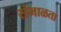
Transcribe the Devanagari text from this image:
संभाळता